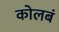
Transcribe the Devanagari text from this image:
कोलबं